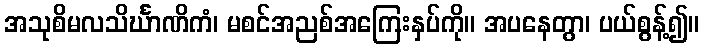
အသုစိမလသိင်္ဃာဏိကံ၊ မစင်အညစ်အကြေးနှပ်ကို။ အပနေတွာ၊ ပယ်စွန့်၍။